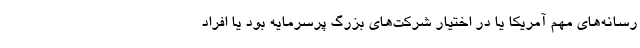
رسانه‌های مهم آمریکا یا در اختیار شرکت‌های بزرگ پرسرمایه بود یا افراد